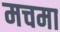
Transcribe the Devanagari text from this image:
मचमा